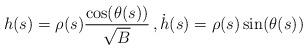
LaTeX: \begin{align*} h(s)= \rho(s) \frac{\cos(\theta(s))}{\sqrt{B}} \, , \dot{h}(s)= \rho(s) \sin(\theta(s)) \end{align*}